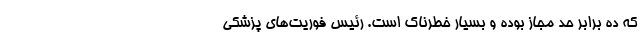
که ده برابر حد مجاز بوده و بسیار خطرناک است. رئیس فوریت‌های پزشکی